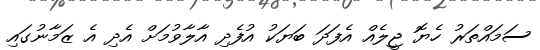
ސަމައްތަރު ހެޔޮ ޖީލެއް އެފަދަ ބަޔަކު އުފެދި އާލާވުމަށް އެދި އެ ޒަމާނުގައި